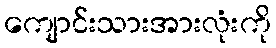
ကျောင်းသားအားလုံးကို